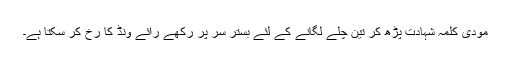
مودی کلمہ شہادت پڑھ کر تین چلّے لگانے کے لئے بستر سر پر رکھے رائے ونڈ کا رخ کر سکتا ہے۔